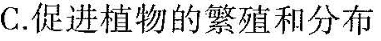
C. 促进植物的繁殖和分布